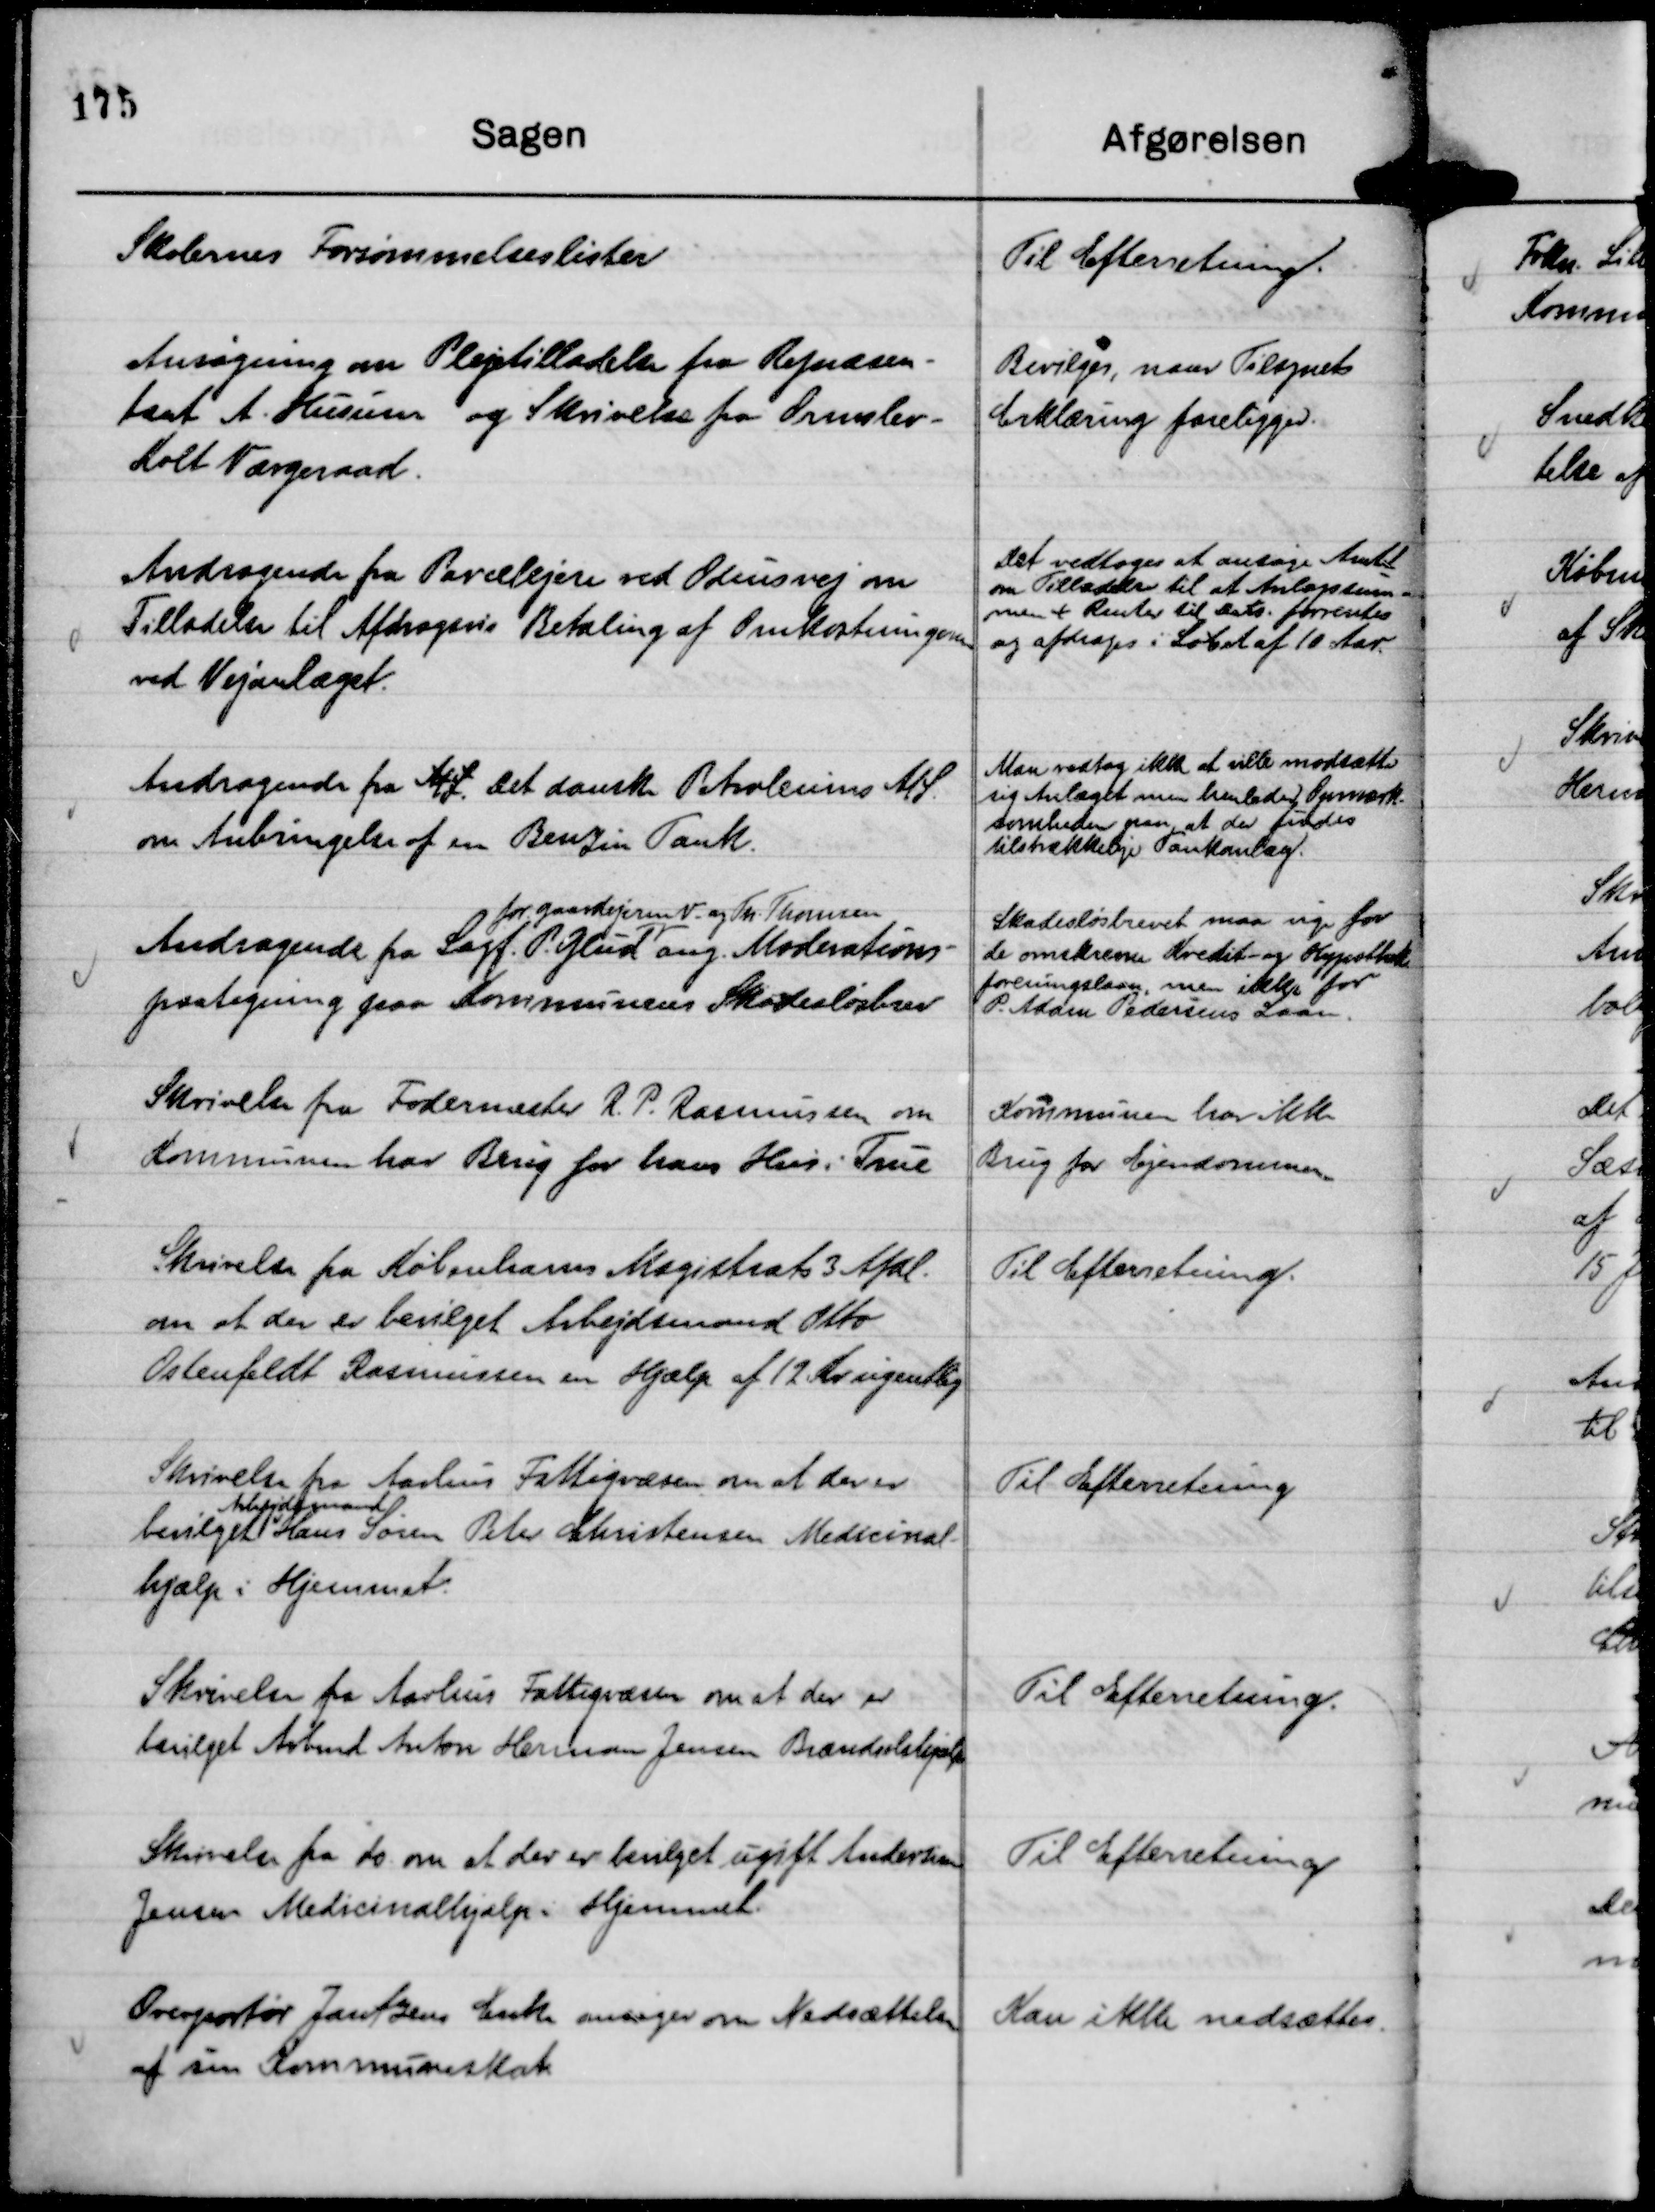
Transskription:
Skolernes Forsømmelseslister

Til Efterretning.

Ansøgning om Plejetilladelse fra Repræsen-
tant A. Husum og Skrivelse fra Ormslev -
Kolt Værgeraad.

Bevilges, naar Tilsynets
Erklæring foreligger.

Andragende fra Parcelejere ved Odinsvej om
Tilladelse til Afdragsvis Betaling af Omkostningerne
ved Vejanlæget.

Det vedtoges at ansøge Amtet
om Tilladelse til at Anlægssum-
men + Renter til Dato . forrentes
og Afdrages i Løbet af 10 Aar.

Andragende fra A/S. Det danske Petroleums A/S.
om Anbringelse af en Benzin Tank.

Man vedtog ikke at ville modsætte
sig Anlæget men henleder Opmærk-
somheden paa, at der findes
tilstrækkelige Tankanlæg.

Andragende fra Sagf. P. Glud
for gaardejerne V- og Th. Thomsen
ang. Moderations-
paategning paa Kommunens Skadesløsbrev

Skadesløsbrevet maa vige for
de omskrevne Kredit- og Hypothek
foreningslaan, men ikke for
P. Adam Pedersens Laan.

Skrivelse fra Fodermester R. P. Rasmussen om
Kommunen har Brug for hans Hus i True

Kommunen har ikke
Brug for Ejendommen

Skrivelse fra Københavns Magistrats 3 Afdl.
om at der er bevilget Arbejdsmand Otto
Ostenfeldt Rasmussen en Hjælp af 12 Kr ugentlig

Til Efterretning.

Skrivelse fra Aarhus Fattigvæsen om at der er
bevilget
Arbejdsmand
Hans Søren Peter Christensen Medicinal-
hjælp i Hjemmet.

Til Efterretning

Skrivelse fra Aarhus Fattigvæsen om at der er
bevilget Arbmd Anton Herman Jensen Brændselshjælp

Til Efterretning.

Skrivelse fra do. om at der er bevilget ugift Andersine
Jensen Medicinalhjælp i Hjemmet.

Til Efterretning

Overportør Jantzens Enke ansøger om Nedsættelse
af sin Kommuneskat

Kan ikke nedsættes.